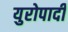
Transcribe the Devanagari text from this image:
युरोपादी